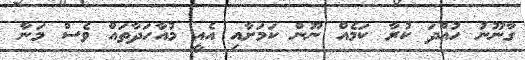
ގާނޫނު ހުއްދަ ކުރާ ކަމެއް ނޫން ކަމަށާއި އެއީ މުއާހަދާތައް ވެސް މަނާ